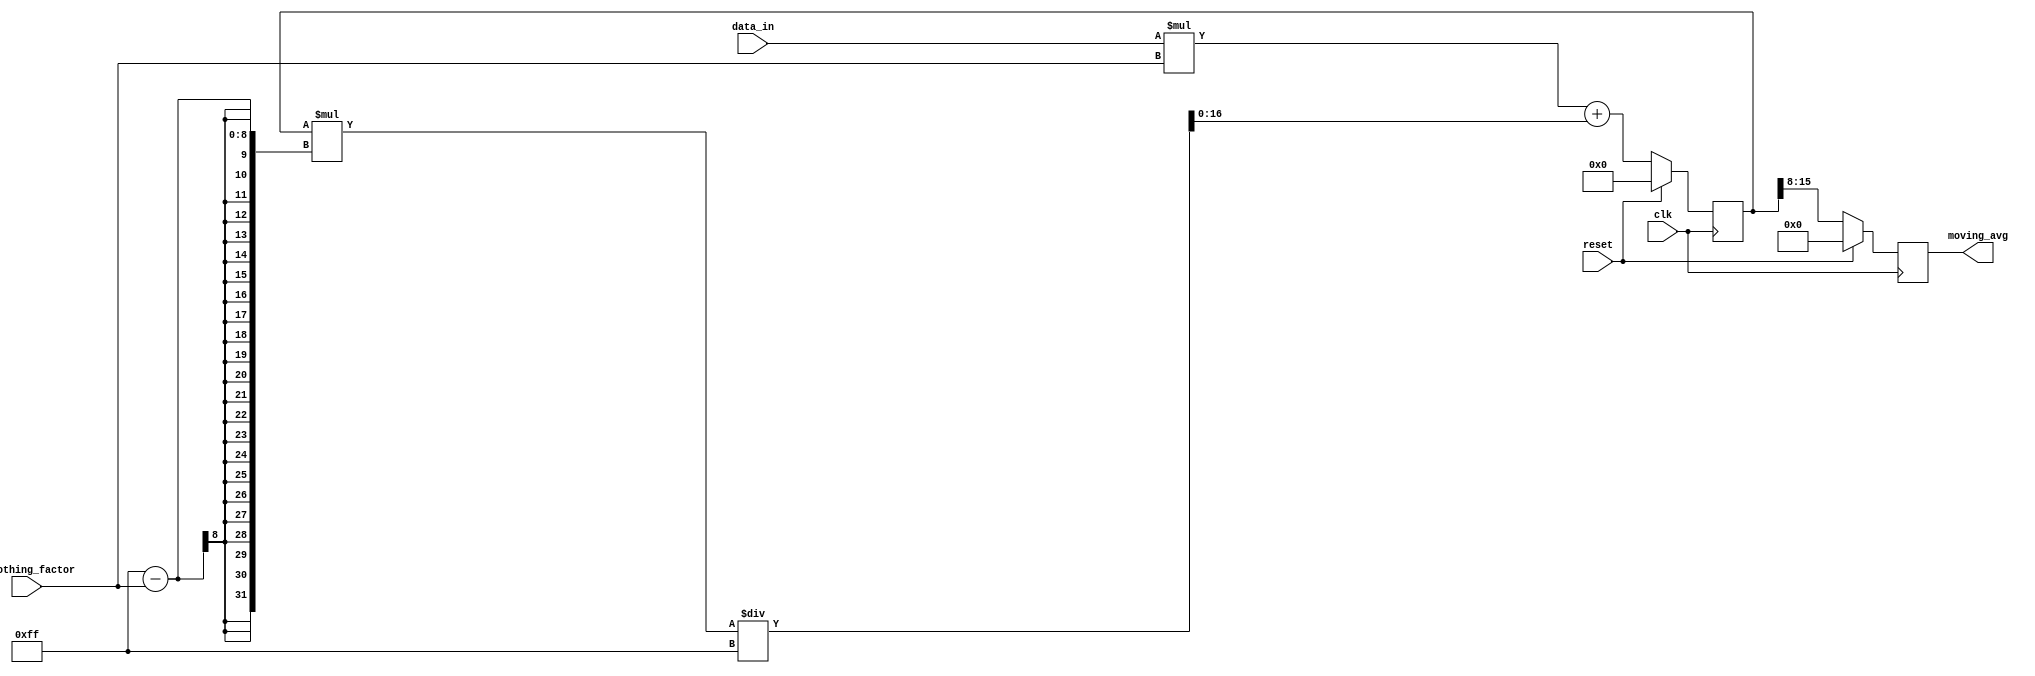
module exponential_moving_average_accumulator(
    input clk,
    input reset,
    input [7:0] data_in,
    input [7:0] smoothing_factor,
    output reg [7:0] moving_avg
);

reg [16:0] accumulator;

always @(posedge clk) begin
    if(reset) begin
        accumulator <= 0;
        moving_avg <= 0;
    end else begin
        accumulator <= (data_in * smoothing_factor) + (accumulator * (255 - smoothing_factor))/255;
        moving_avg <= accumulator >> 8;
    end
end

endmodule